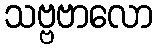
သဗ္ဗဗာလော